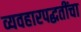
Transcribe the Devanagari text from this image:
व्यवहारपद्धतींचा